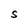
Character: S